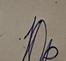
Signature authenticity: forged